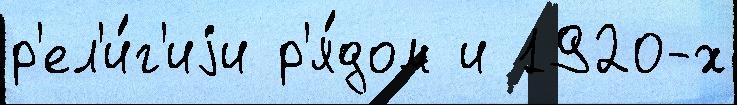
р'ел'и́г'иjи р'я́дом и 1920-х